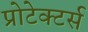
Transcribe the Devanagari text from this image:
प्रोटेक्टर्स